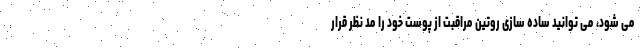
می شود، می توانید ساده سازی روتین مراقبت از پوست خود را مد نظر قرار